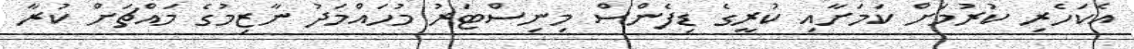
އެކަހެރި ކުރުމަށް ކަމަށާއި ކުރީގެ ޑިފެންސް މިނިސްޓަރު މުހައްމަދު ނާޒިމުގެ މައްޗަށް ކުރާ